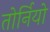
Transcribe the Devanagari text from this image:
तोर्नियो